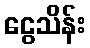
ငွေသိန်း